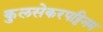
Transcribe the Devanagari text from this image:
कुलसेकरपट्टिनम